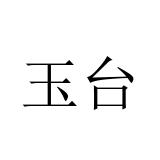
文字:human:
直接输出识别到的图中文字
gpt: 玉台